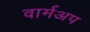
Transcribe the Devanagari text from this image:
वार्मअप